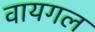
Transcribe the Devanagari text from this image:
वायगल